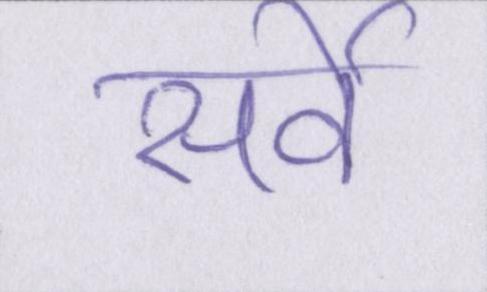
सर्वे